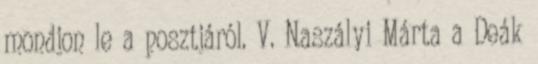
mondjon le a posztjáról. V. Naszályi Márta a Deák